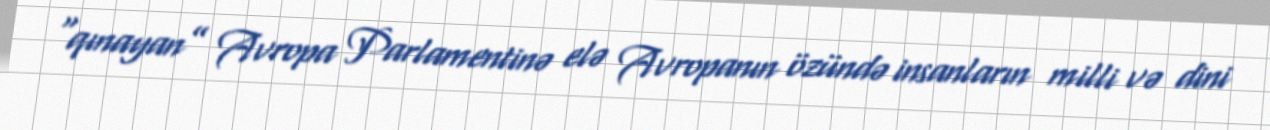
“qınayan” Avropa Parlamentinə elə Avropanın özündə insanların milli və dini